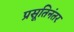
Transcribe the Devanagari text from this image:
प्रसूतिनंतर